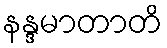
နန္ဒမာတာတိ